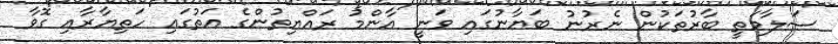
ސަލާމަތީ ބާރުތަކުން ނެރުނު ބަޔާނުގައި ވަނީ އާންމު ރައްޔިތުންގެ އަތުގައި ހަތިޔާރާއި ގޮވާ